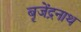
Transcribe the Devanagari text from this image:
बृजेंद्रनाथ